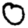
Digit: 0